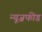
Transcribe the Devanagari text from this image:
न्यूज़फीड